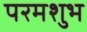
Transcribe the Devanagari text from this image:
परमशुभ